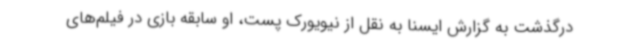
درگذشت به گزارش ایسنا به نقل از نیویورک پست، او سابقه بازی در فیلم‌های